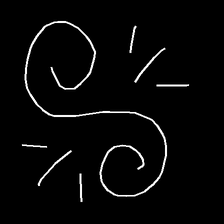
Glyph: wind-directs-air